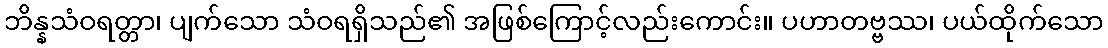
ဘိန္နသံဝရတ္တာ၊ ပျက်သော သံဝရရှိသည်၏ အဖြစ်ကြောင့်လည်းကောင်း။ ပဟာတဗ္ဗဿ၊ ပယ်ထိုက်သော